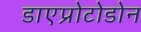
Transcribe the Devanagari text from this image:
डाएप्रोटोडोन